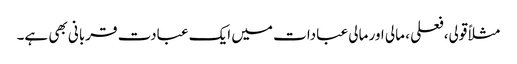
مثلاً قولی،فعلی ، مالی اور مالی عبادات میں ایک عبادت قربانی بھی ہے۔